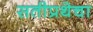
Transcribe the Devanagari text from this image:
सतीप्रथेचा